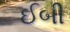
ઈબી